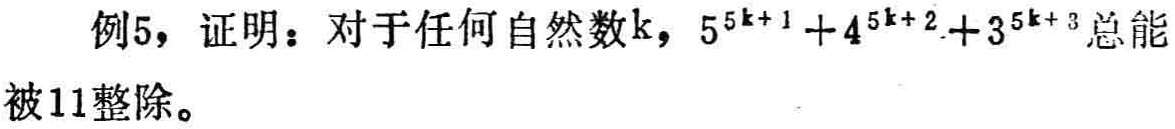
例5，证明：对于任何自然数\(k\)，\(5^{5k + 1}+4^{5k + 2}+3^{5k + 3}\)总能被11整除。